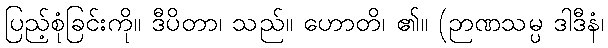
ပြည့်စုံခြင်းကို။ ဒီပိတာ၊ သည်။ ဟောတိ၊ ၏။ (ဉာဏသမ္ပ ဒါဒီနံ၊